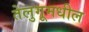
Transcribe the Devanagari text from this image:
तेलुगूमधील